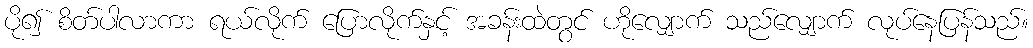
ပို၍ စိတ်ပါလာကာ ရယ်လိုက် ပြောလိုက်နှင့် အခန်းထဲတွင် ဟိုလျှောက် သည်လျှောက် လုပ်နေပြန်သည်။